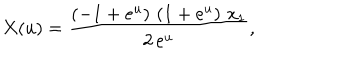
LaTeX: X ( u ) = { \frac { \left( - 1 + { e ^ { u } } \right) \, \left( 1 + { e ^ { u } } \right) \, { x _ { 1 } } } { 2 \, { e ^ { u } } } } ,